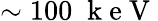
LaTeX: \sim 100\; \mathrm{~k~e~V~}